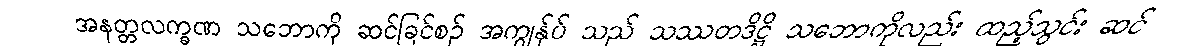
အနတ္တလက္ခဏ သဘောကို ဆင်ခြင်စဉ် အကျွန်ုပ် သည် သဿတဒိဋ္ဌိ သဘောကိုလည်း ထည့်သွင်း ဆင်